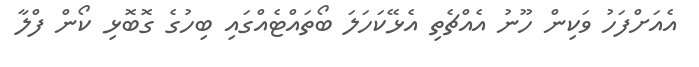
އެއަށްފަހު ވަކިން ހޫނު އެއްޗެތި އެޅޭކަހަލަ ބޯތައްޓެއްގައި ބިހުގެ ގޮބޮޅި ކޯން ފްލާ